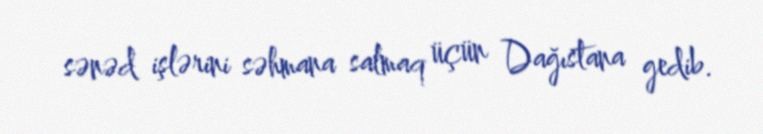
sənəd işlərini səhmana salmaq üçün Dağıstana gedib.